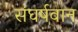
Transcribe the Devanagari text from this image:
संघर्षवान